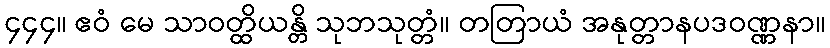
၄၄၄။ ဧဝံ မေ သာဝတ္ထိယန္တိ သုဘသုတ္တံ။ တတြာယံ အနုတ္တာနပဒဝဏ္ဏနာ။